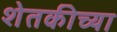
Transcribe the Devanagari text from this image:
शेतकीच्या